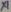
Text: X1